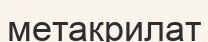
метакрилат